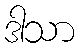
ဒါသာ